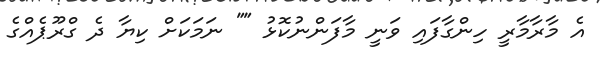
އެ މާރާމާރީ ހިންގާފައި ވަނީ މާފަންނުކޮޅު "" ނަމަކަށް ކިޔާ ދެ ގްރޫޕެއްގެ